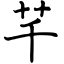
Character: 芊